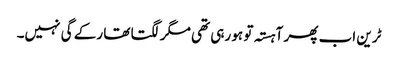
ٹرین اب پھر آہستہ تو ہو رہی تھی مگر لگتا تھا رکے گی نہیں۔